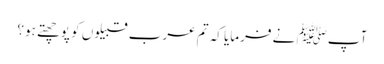
آپﷺ نے فرمایا کہ تم عرب قبیلوں کو پوچھتے ہو؟